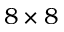
8 \times 8